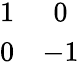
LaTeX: \begin{array}{cc}{{1}}&{{0}}\\ {{0}}&{{-1}}\end{array}